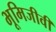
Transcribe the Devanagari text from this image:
भूमिजीवी